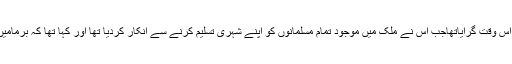
قابل ذکر بات یہ ہے کہ 1982ءکو برما کی حکومت نے مسلمانوں پر ایک بم اس وقت گرایاتھاجب اس نے ملک میں موجود تمام مسلمانوں کو اپنے شہری تسلیم کرنے سے انکار کردیا تھا اور کہا تھا کہ برمامیں موجود تمام مسلمان تارکین وطن ہیں، انہیں یہاں پر شہریت نہیں دی جاسکتی ۔